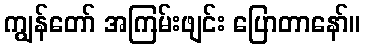
ကျွန်တော် အကြမ်းဖျင်း ပြောတာနော်။